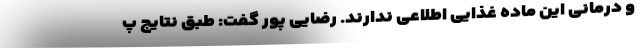
و درمانی این ماده غذایی اطلاعی ندارند. رضایی پور گفت: طبق نتایج پ